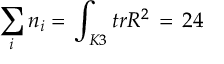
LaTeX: \sum _ { i } n _ { i } = \, \int _ { K 3 } t r R ^ { 2 } \, = \, 2 4